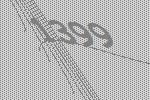
1399